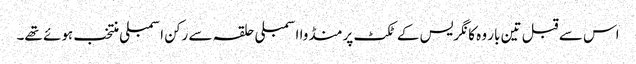
اس سے قبل تین بار وہ کانگریس کے ٹکٹ پر منڈوا اسمبلی حلقہ سے رکن اسمبلی منتخب ہوئے تھے۔